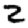
Digit: 2